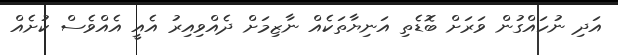
އަދި ނުހައްގުން ވަރަށް ބޮޑެތި އަނިޔާތަކެއް ނާޒިމަށް ދެއްވިއިރު އެއީ އެއްވެސް ކުށެއް